Vana-Kasaritsa_(Kasaritsa)_vallavalitsus, lk 3
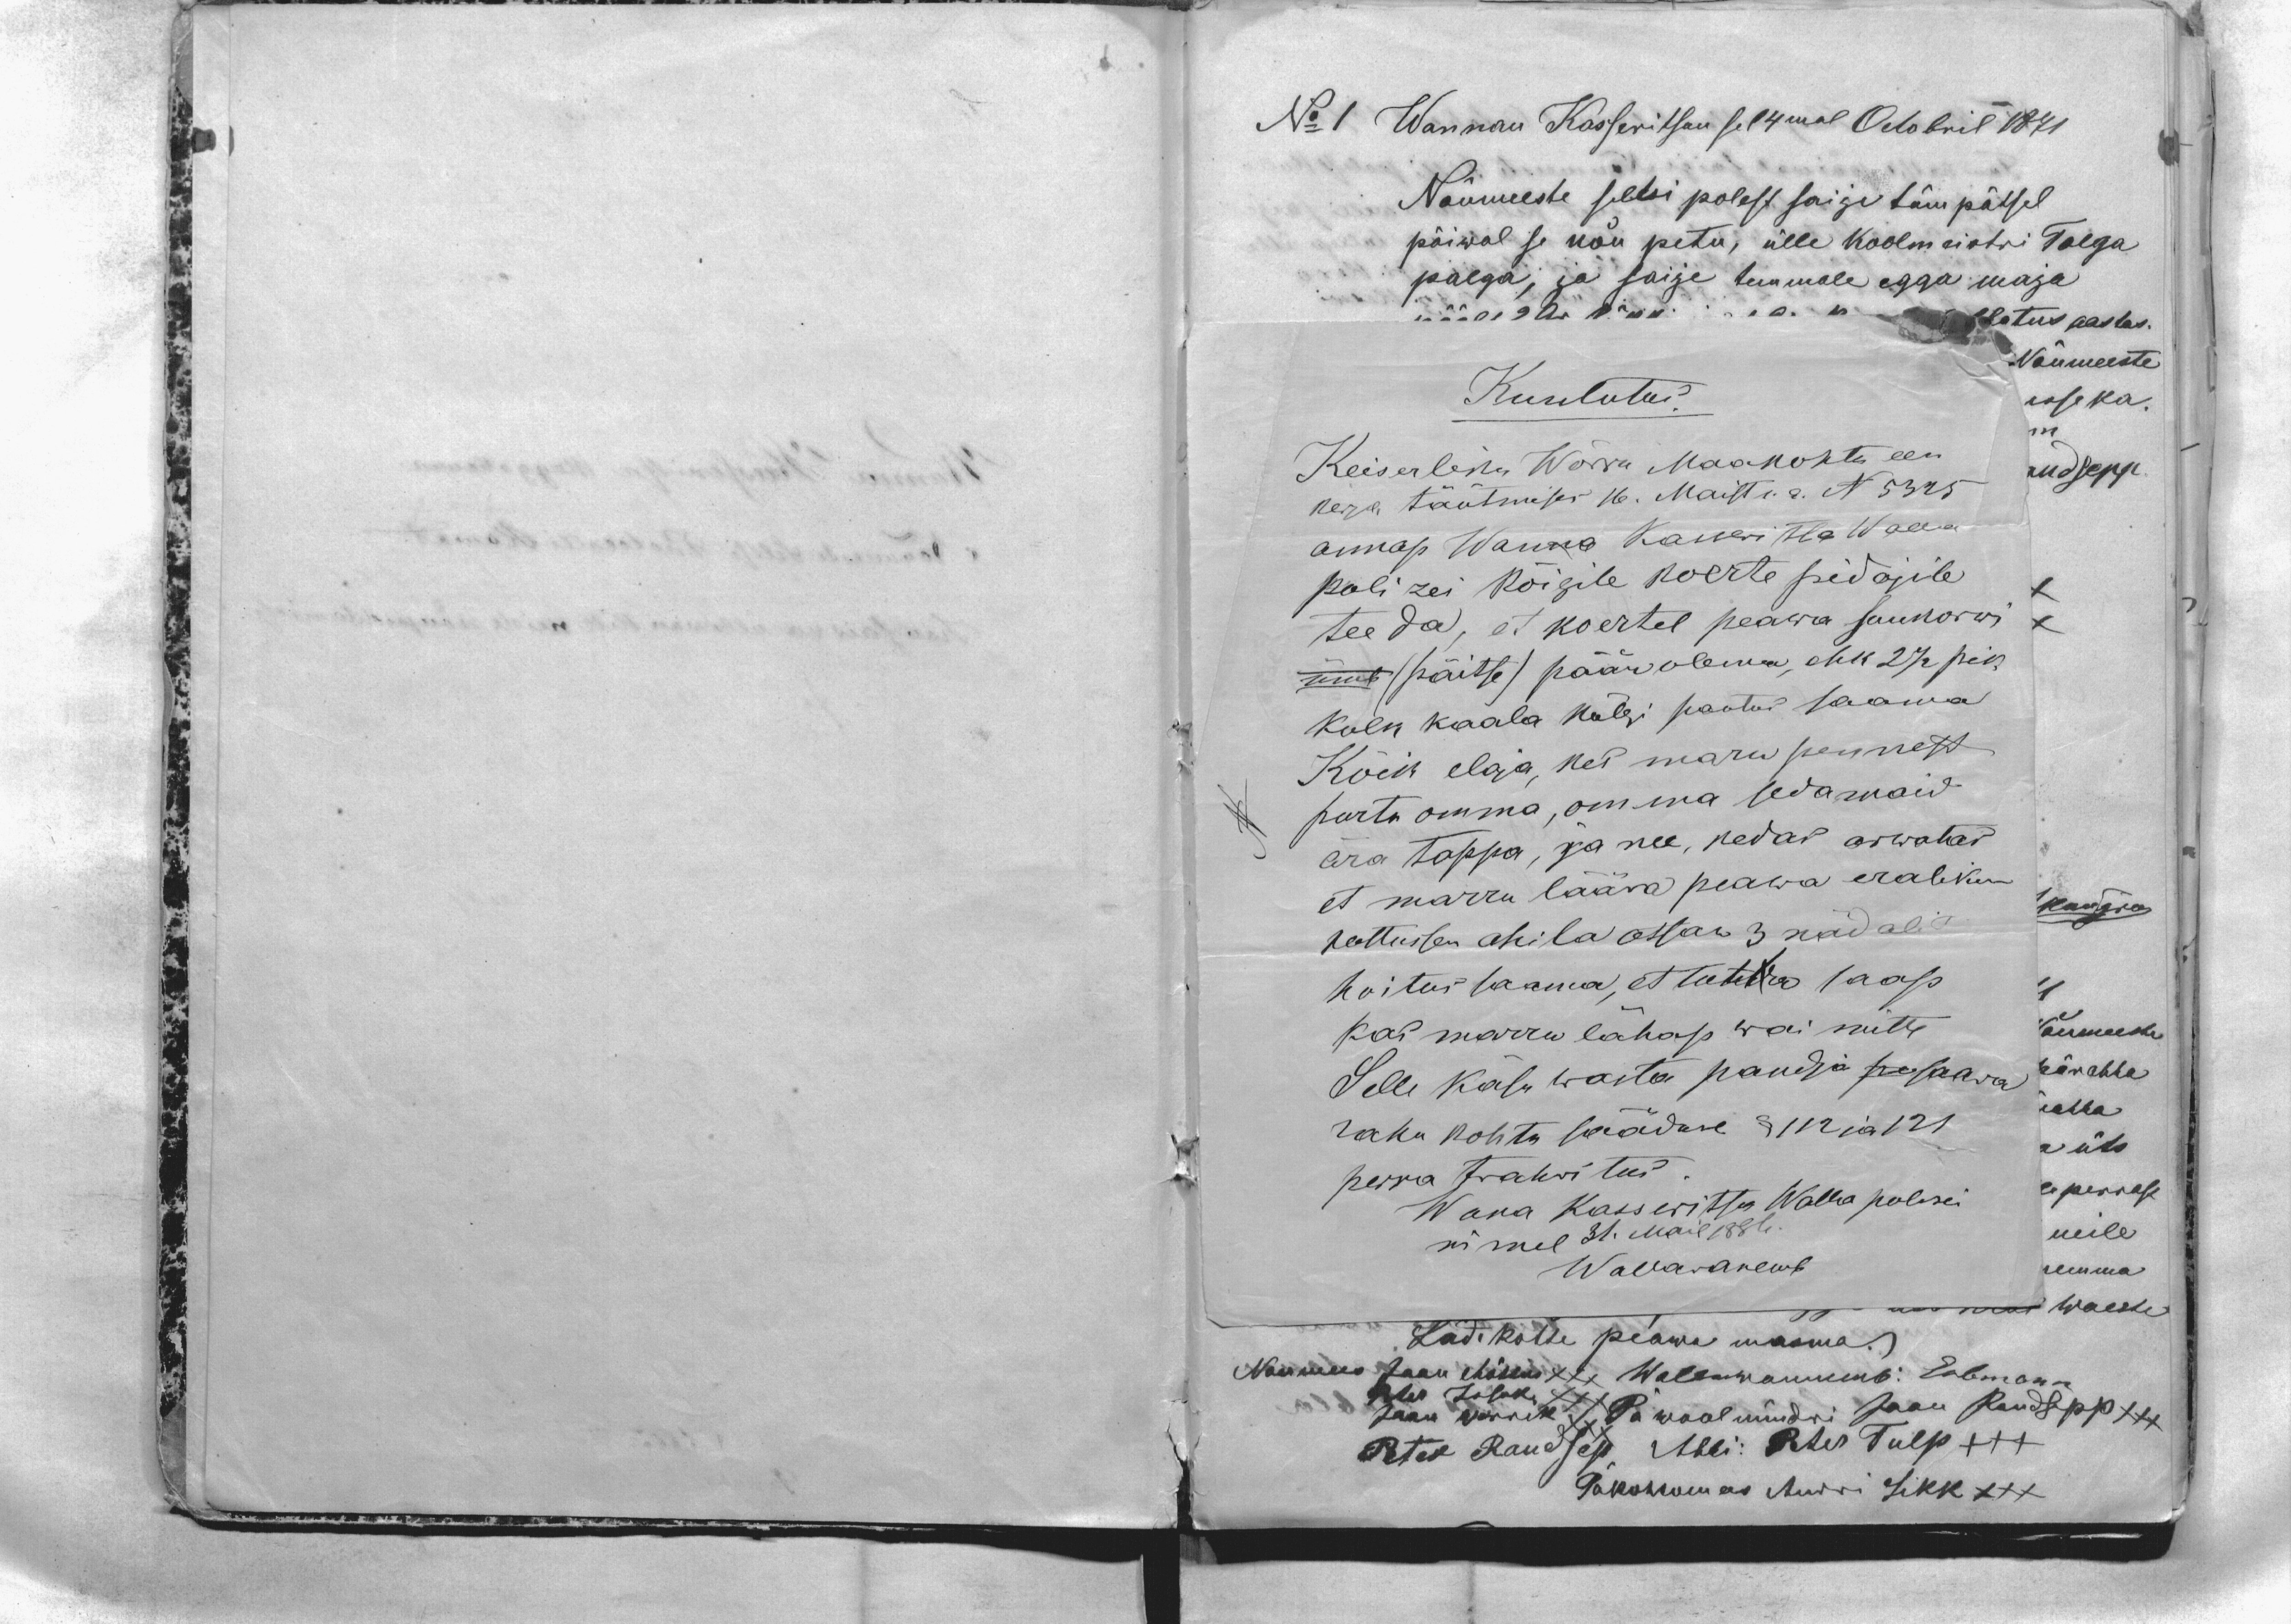
Kuulutus.
Keiserliku Wõrru Maakohtu ees-
kerja täütmises 16. Maist s.a. N 5325
annap Wanna Kasseritsa Walla
polizei kõigile koerte pidajile
teeda, et koertel peawa suukorwi
ümb (päitse) pään olema, ehk 2 1/2 pik
koln kaala külgi pantus saama
Kõik elaja, kes maru pennest
purtu omma, omma sedamaid
ära tappa, ja nee, kedas arwatas
et marru lääva peawa eraliku
kottussen ohila otsan 3 nädalid
hoitus saama, et tohtre saap
kas marru lähap wai mitte
Selle käsu wasta pandja pe saawa
rahu kohtu sääduse § 112 ja 121
perra trahvitus.
Wana Kasseritsa Walla polizei
nimel 31. Mail 1886.
Wallawanemb